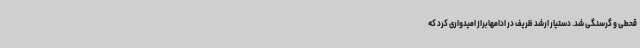
قحطی و گرسنگی شد. دستیار ارشد ظریف در ادامهابراز امیدواری کرد که